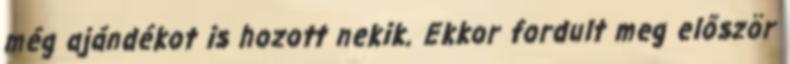
még ajándékot is hozott nekik. Ekkor fordult meg először